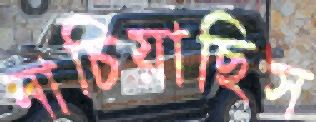
নাচিয়াছিস